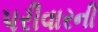
પરીવારની